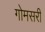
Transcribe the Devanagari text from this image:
गोमसरी